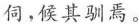
伺，候其驯焉。